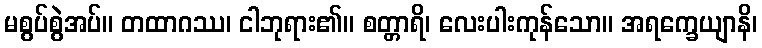
မစွပ်စွဲအပ်။ တထာဂဿ၊ ငါဘုရား၏။ စတ္တာရိ၊ လေးပါးကုန်သော။ အရက္ခေယျာနိ၊